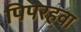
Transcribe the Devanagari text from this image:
पिपरहवा